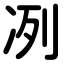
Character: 冽